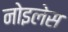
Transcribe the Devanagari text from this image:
नोइलेस